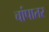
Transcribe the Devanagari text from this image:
चांपातर